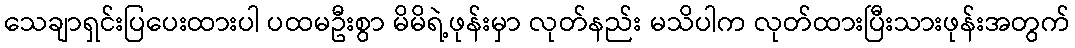
သေချာရှင်းပြပေးထားပါ ပထမဦးစွာ မိမိရဲ့ဖုန်းမှာ လုတ်နည်း မသိပါက လုတ်ထားပြီးသားဖုန်းအတွက်